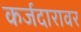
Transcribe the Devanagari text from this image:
कर्जदारावर